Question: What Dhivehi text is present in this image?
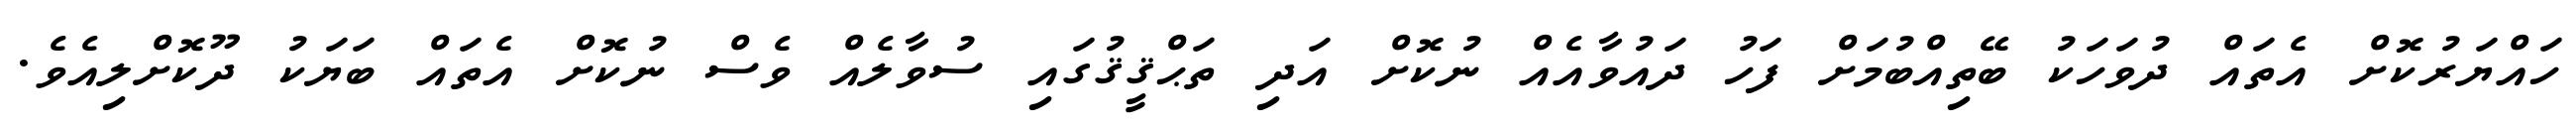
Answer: ހައްޔަރުކޮށް އެތައް ދުވަހަކު ބޭތިއްބުމަށް ފަހު ދައުވާއެއް ނުކޮށް އަދި ތަޙްޤީޤުގައި ސުވާލެއް ވެސް ނުކޮށް އެތައް ބަޔަކު ދޫކޮށްލިއެވެ.